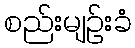
စည်းမျဉ်းခံ